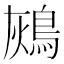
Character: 𪀬